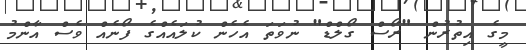
މީގެ އިތުރުން "ރޯސް ގޯލްޑް" ނުވަތަ އެހެން ކުލައެއްގެ ފޯނެއް ވެސް އާންމު